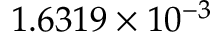
1 . 6 3 1 9 \times 1 0 ^ { - 3 }